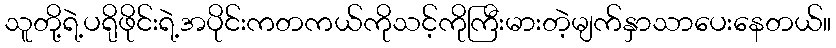
သူတို့ရဲ့ပရိုဖိုင်းရဲ့အပိုင်းကတကယ်ကိုသင့်ကိုကြီးမားတဲ့မျက်နှာသာပေးနေတယ်။